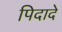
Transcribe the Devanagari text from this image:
पिदादे